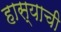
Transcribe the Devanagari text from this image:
हास्याची